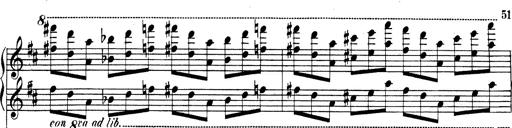
Title: Rhapsodie espagnole
Composer: Franz Liszt